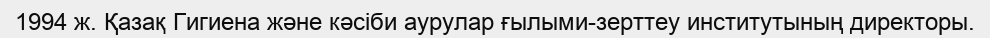
1994 ж. Қазақ Гигиена және кәсіби аурулар ғылыми-зерттеу институтының директоры.